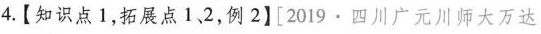
4.【知识点1，拓展点1，2，例2】\left [ 2019\cdot 四川广元川师大万达